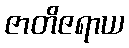
ဇာတိဇရာယ